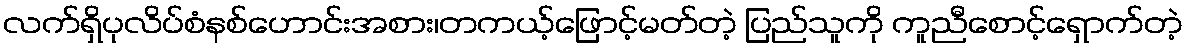
လက်ရှိပုလိပ်စံနစ်ဟောင်းအစား၊တကယ့်ဖြောင့်မတ်တဲ့ ပြည်သူကို ကူညီစောင့်ရှောက်တဲ့